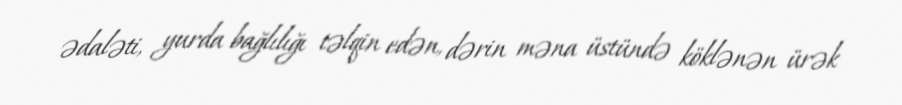
ədaləti, yurda bağlılığı təlqin edən, dərin məna üstündə köklənən ürək